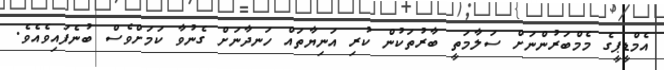
އެމްޑީޕީގެ މެމްބަރުންނަށް ސަލާމަތީ ބާރުތަކުން ކުރި އަނިޔާތައް ހަނދާނަށް ގެނުވާ ކަމަށްވެސް ބުނެފައިވެއެވެ.